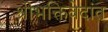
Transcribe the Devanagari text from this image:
श्रीभक्तिवेदांत